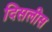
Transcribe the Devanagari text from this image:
दिसलीस